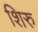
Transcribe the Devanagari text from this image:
शिरु